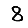
Digit: 8